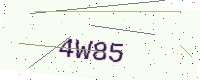
Text: 4W85